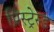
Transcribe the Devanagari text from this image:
प्रिस्ट्रेस्ड